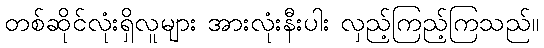
တစ်ဆိုင်လုံးရှိလူများ အားလုံးနီးပါး လှည့်ကြည့်ကြသည်။